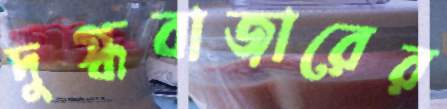
দুগ্ধবাজারের